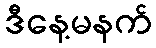
ဒီနေ့မနက်